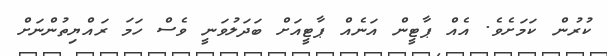
ކުރުން ކަމަށެވެ. އެއް ޕާޓީން އަނެއް ޕާޓީއަށް ބަދަލުވަނީ ވެސް ހަމަ ރައްޔިތުންނަށް